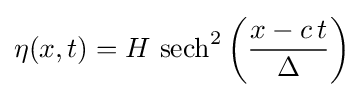
\eta (x,t)=H\,\operatorname {sech} ^{2}\left({\frac {x-c\,t}{\Delta }}\right)